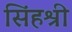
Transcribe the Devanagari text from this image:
सिंहश्री